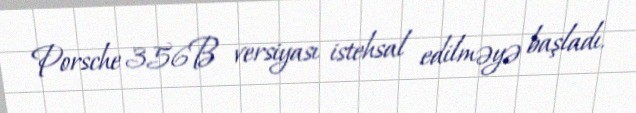
Porsche 356B versiyası istehsal edilməyə başladı.